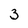
Character: 3